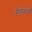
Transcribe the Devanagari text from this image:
सैंतीसवाँ